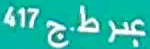
417 عبر ط.ج